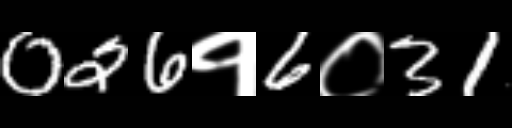
Text: 026१6०31